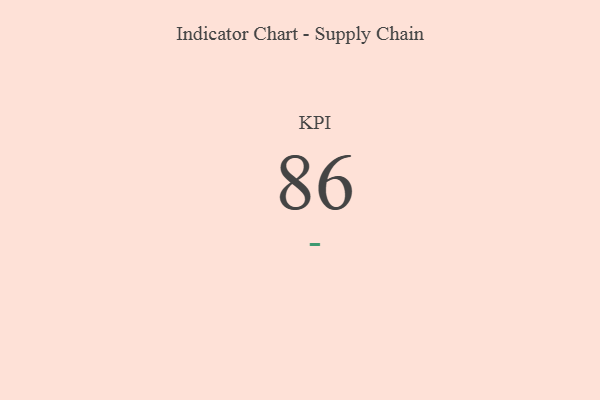
{"axis": {"x": "KPI", "y": "Value"}, "legend": [""], "data": [{"x": "KPI", "y": 86, "type": ""}]}